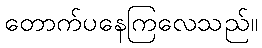
တောက်ပနေကြလေသည်။